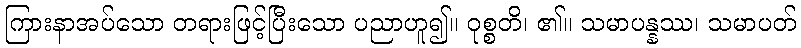
ကြားနာအပ်သော တရားဖြင့်ပြီးသော ပညာဟူ၍။ ဝုစ္စတိ၊ ၏။ သမာပန္နဿ၊ သမာပတ်